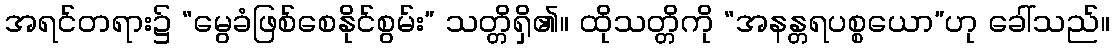
အရင်တရား၌ “မွေခံဖြစ်စေနိုင်စွမ်း” သတ္တိရှိ၏။ ထိုသတ္တိကို “အနန္တရပစ္စယော”ဟု ခေါ်သည်။